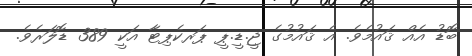
ބޮޑު އެއް ޤައުމެވެ. އެ ޤައުމުގެ ޖީ.ޑީ.ޕީ ޕަރކެޕިޓާ އަކީ 389 ޑޮލަރެވެ.